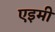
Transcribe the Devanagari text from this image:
एइमी